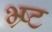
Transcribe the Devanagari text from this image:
भ्र्ष्ट